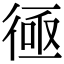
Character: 𢔔